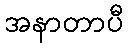
အနာတာပီ